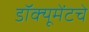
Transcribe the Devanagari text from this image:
डॉक्यूमेंटचे